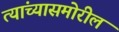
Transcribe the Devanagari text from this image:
त्यांच्यासमोरील